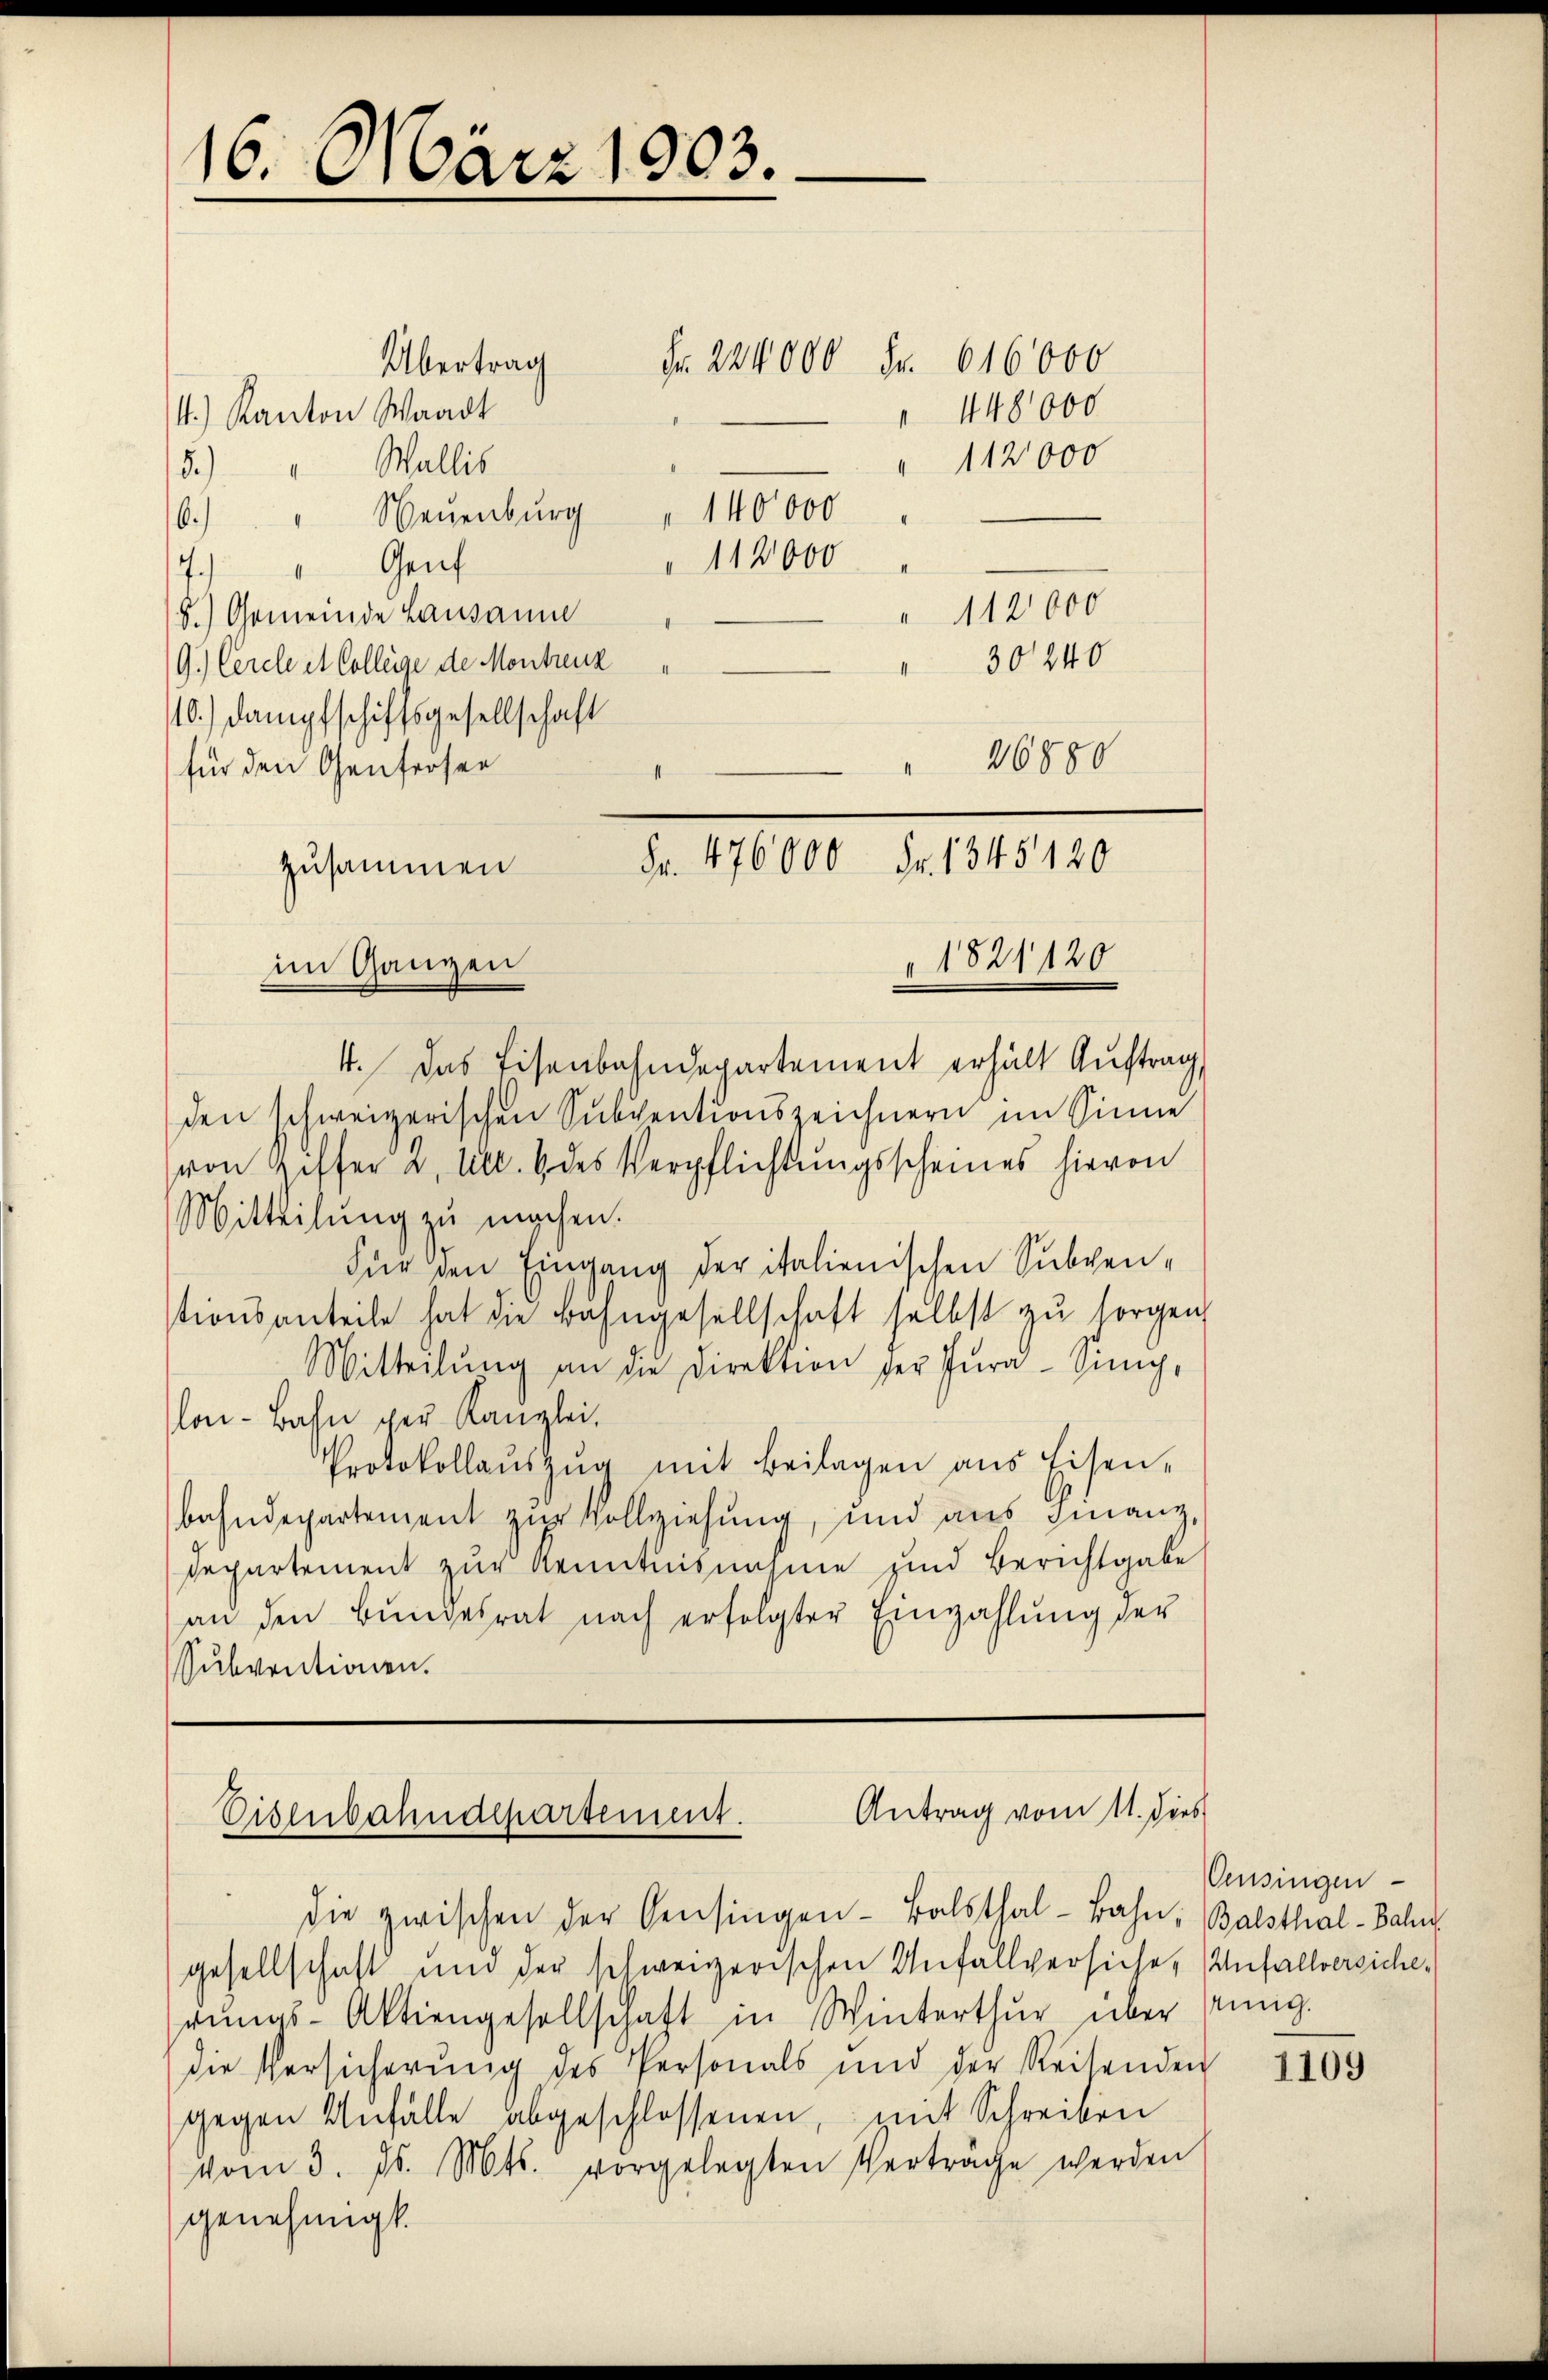
16. März 1903.

Fr. 224000 Fr. 616000
Übertrag
4.) Kanton Waadt
5.) Wallis
6.) " Neŭenbŭrg " 140000
112000
7.
" Genf
 1121000
8.) Gemeinde Lausanne
 30240
9.) Cercle et College de Montreuz
10.) Dampfschiffsgesellschaft
26880
4. Das Eisenbahndepartement erhält Auftrag
den schweizerischen Subventionszeichnern im Sinne
von Ziffer u. Art. 6 des Verpflichtungsscheines hievon
Mitteilŭng zŭ machen.
Für den Eingang der italienischen Subvenstionsanteile hat die Bahngesellschaft selbst zu sorgen
Mitteilŭng an die Direktion der Pŭra-Sŭng,
lon-Bahn per Kanzlei.
Protokollaŭszŭg mit Beilagen aus Eisen-
bahndepartement zur Vollziehung, und aus Finanz,
Departement zur Kenntnisnahme und Berichtgabe
an den Bŭndesrat nach erfolgter Einzahlŭng der
Subventionen.

148000

" 112000

für den Genfersen
1
zusammen Fr. 476000 Fr. 1345120
" 1821120
im Ganzen

Antrag vom 11. dies
Eisenbahndepartement.

die zwischen der Censingen-Balsthal-Bahn, Balsthal-Bahn
gesellschaft und der schweizerischen Unfallversiche, Anfallversicherŭngs-Aktiengesellschaft in Winterthur über seinig.
die Versicherŭng des Personals und der Reisenden
gegen Anfälle abgeschlossenen, mit Schreiben
vom 3. ds. Mts. vorgelegten Verträge werden
genehmigt.

Pensingen

1109